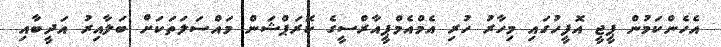
އެހެންކަމުން ޕީޖީ އޮފީހުގައި މިހާރު ހުރި އެމްއެމްޕީއާރްސީގެ ކޮރަޕްޝަން މައްސަލަތަކަށް ބަލާއިރު އަދީބާއި